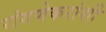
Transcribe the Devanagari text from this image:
रांगणेकरांशी